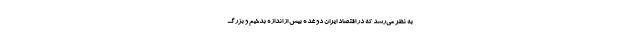
به نظر می‌رسد که در اقتصاد ایران دو غده بیش از اندازه بدخیم و بزرگ